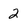
Character: 2